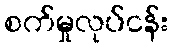
စက်မှုလုပ်ငန်း